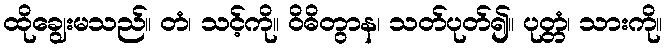
ထိုချွေးမသည်။ တံ၊ သင့်ကို။ ဝိဓိတွာန၊ သတ်ပုတ်၍။ ပုတ္တံ၊ သားကို။